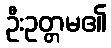
ဦးဥတ္တမ၏